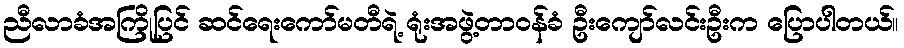
ညီလာခံအကြိုပြင် ဆင်ရေးကော်မတီရဲ့ ရုံးအဖွဲ့တာဝန်ခံ ဦးကျော်လင်းဦးက ပြောပါတယ်။